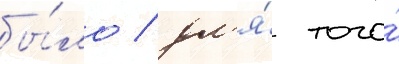
бы́ло / дл'я́ того́